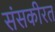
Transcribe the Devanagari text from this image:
संसकीरत